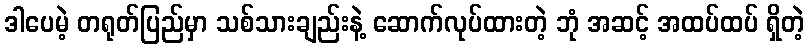
ဒါပေမဲ့ တရုတ်ပြည်မှာ သစ်သားချည်းနဲ့ ဆောက်လုပ်ထားတဲ့ ဘုံ အဆင့် အထပ်ထပ် ရှိတဲ့